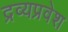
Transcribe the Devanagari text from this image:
द्रव्यप्रवेश